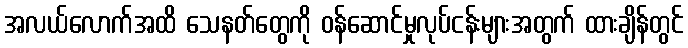
အလယ်လောက်အထိ သေနတ်တွေကို ဝန်ဆောင်မှုလုပ်ငန်းများအတွက် ထားချိန်တွင်